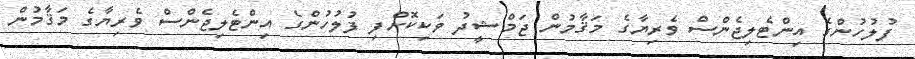
ފުލުހުންގެ އިންޓެލިޖެންސް ވެރިޔާގެ މަޤާމުން ޖަމްޝީދު ވަކިކޮށްފި ފުލުހުންގެ އިންޓެލިޖެންސް ވެރިޔާގެ މަޤާމުން